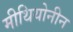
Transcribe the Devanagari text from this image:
मीथियोनीन